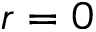
r = 0